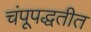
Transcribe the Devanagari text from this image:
चंपूपद्धतीत